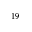
^ { 1 9 }